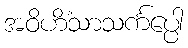
အဝိဟိံသာသင်္ကပ္ပေါ